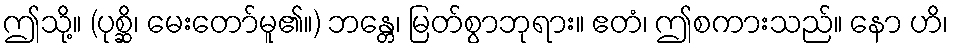
ဤသို့။ (ပုစ္ဆိ၊ မေးတော်မူ၏။) ဘန္တေ၊ မြတ်စွာဘုရား။ ဧတံ၊ ဤစကားသည်။ နော ဟိ၊